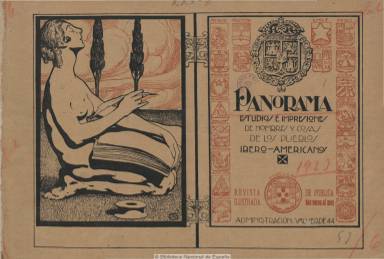
Título: Panorama (Madrid. 1923)
Colección: Revistas de información general
Ámbito geográfico: Madrid
Lugar de publicación: Madrid
Fechas: 28/04/1923-05/07/1928

Se indica en su cubierta que es una revista ilustrada con estudios e impresiones de hombres y cosas de los pueblos ibero-americanos. Comienza a publicarse el 28 de abril de 1923 y, en un formato apaisado y compuesta a dos columnas, contiene principalmente semblanzas de personajes de actualidad (políticos, diputados, alcaldes, militares, nobles, diplomáticos, jerarcas católicos, hombres de negocios, industriales, etc.), una especie de quién es quien, tanto en España como en otros países iberoamericanos, además de breves artículos divulgativos o impresiones de variada temática. Inserta, asimismo, fotograbados de personalidades, de edificios singulares y vistas de ciudades.

Las primeras semblanzas biográficas que publica son las de los Reyes de España y la familia real, y le siguen otras bajo epígrafes como “Figuras del presente”, “Los propulsores de la vida económica en España y América”, “Los hombres de ciencia”, “Títulos nobiliarios” o “Perfiles femeninos”, entre otros. Su editor y redactor indica que se trata del “desfile de esclarecidos representantes de las virtudes que adornan a nuestra raza y de asuntos que afectan a la misma”, como “una clara visión de lo que es en nuestros días la vida y la obra de los más valiosos hombres que actúan en España, Portugal y América”, cuyas semblanzas son escritas desde un punto de vista elogioso.

Cada entrega o fascículo es de unas treinta y dos páginas, con las cubiertas estampadas a dos tintas y un diseño modernista. Imprimió una edición especial y otra “corriente” para España, según el papel, y otra para el extranjero. Su redacción y administración estaba en el número 44 de la madrileña calle Valverde, y fue estampada en Gráficas Modernas. El último número de la colección es el 52 y corresponde al cinco de julio de 1928.